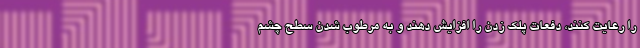
را رعایت کنند، دفعات پلک زدن را افزایش دهند و به مرطوب شدن سطح چشم